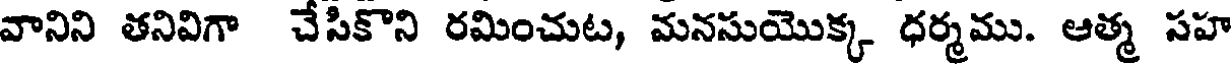
వానిని తనివిగా చేసికొని రమించుట, మనసుయొక్క ధర్మము. ఆత్మ సహ